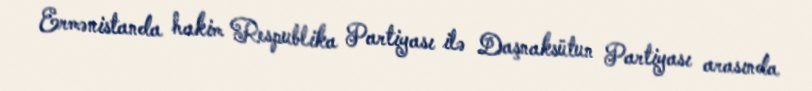
Ermənistanda hakim Respublika Partiyası ilə Daşnaksütun Partiyası arasında